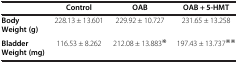
<table><thead><tr><td><b> </b></td><td><b>Control</b></td><td><b>OAB</b></td><td><b>OAB + 5-HMT</b></td></tr></thead><tbody><tr><td><b>Body Weight (g)</b></td><td>228.13 ± 13.601</td><td>229.92 ± 10.727</td><td>231.65 ± 13.258</td></tr><tr><td><b>Bladder Weight (mg)</b></td><td>116.53 ± 8.262</td><td>212.08 ± 13.883<sup>※</sup></td><td>197.43 ± 13.737<sup>※※</sup></td></tr></tbody></table>